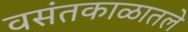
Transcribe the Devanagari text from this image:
वसंतकाळातले